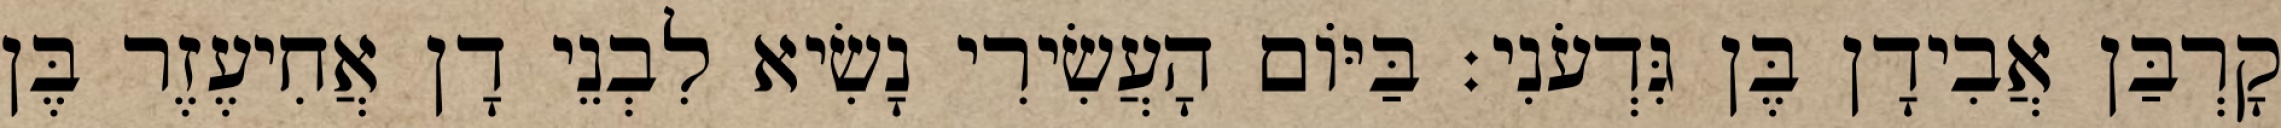
קָרְבַּן אֲבִידָן בֶּן גִּדְעֹנִי׃ בַּיּוֹם הָעֲשִׂירִי נָשִׂיא לִבְנֵי דָן אֲחִיעֶזֶר בֶּן